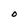
Character: O